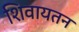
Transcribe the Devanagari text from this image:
शिवायतन